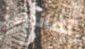
تمانعى